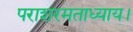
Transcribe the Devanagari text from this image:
पराशरमताध्याय।